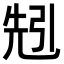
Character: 𠒒